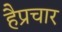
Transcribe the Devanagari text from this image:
हैप्रचार